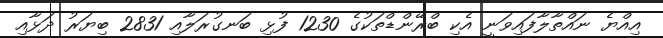
އިއްޔެ ނައްތާލާފައިވަނީ އެކި ބްރޭންޑްތަކުގެ 1230 ފުޅި ބަނގުރަލާއި 2831 ބިޔަރު ދަޅާއި